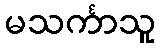
မသင်္ကာသူ